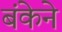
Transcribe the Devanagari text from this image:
बंकेने